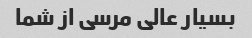
بسیار عالی مرسی از شما